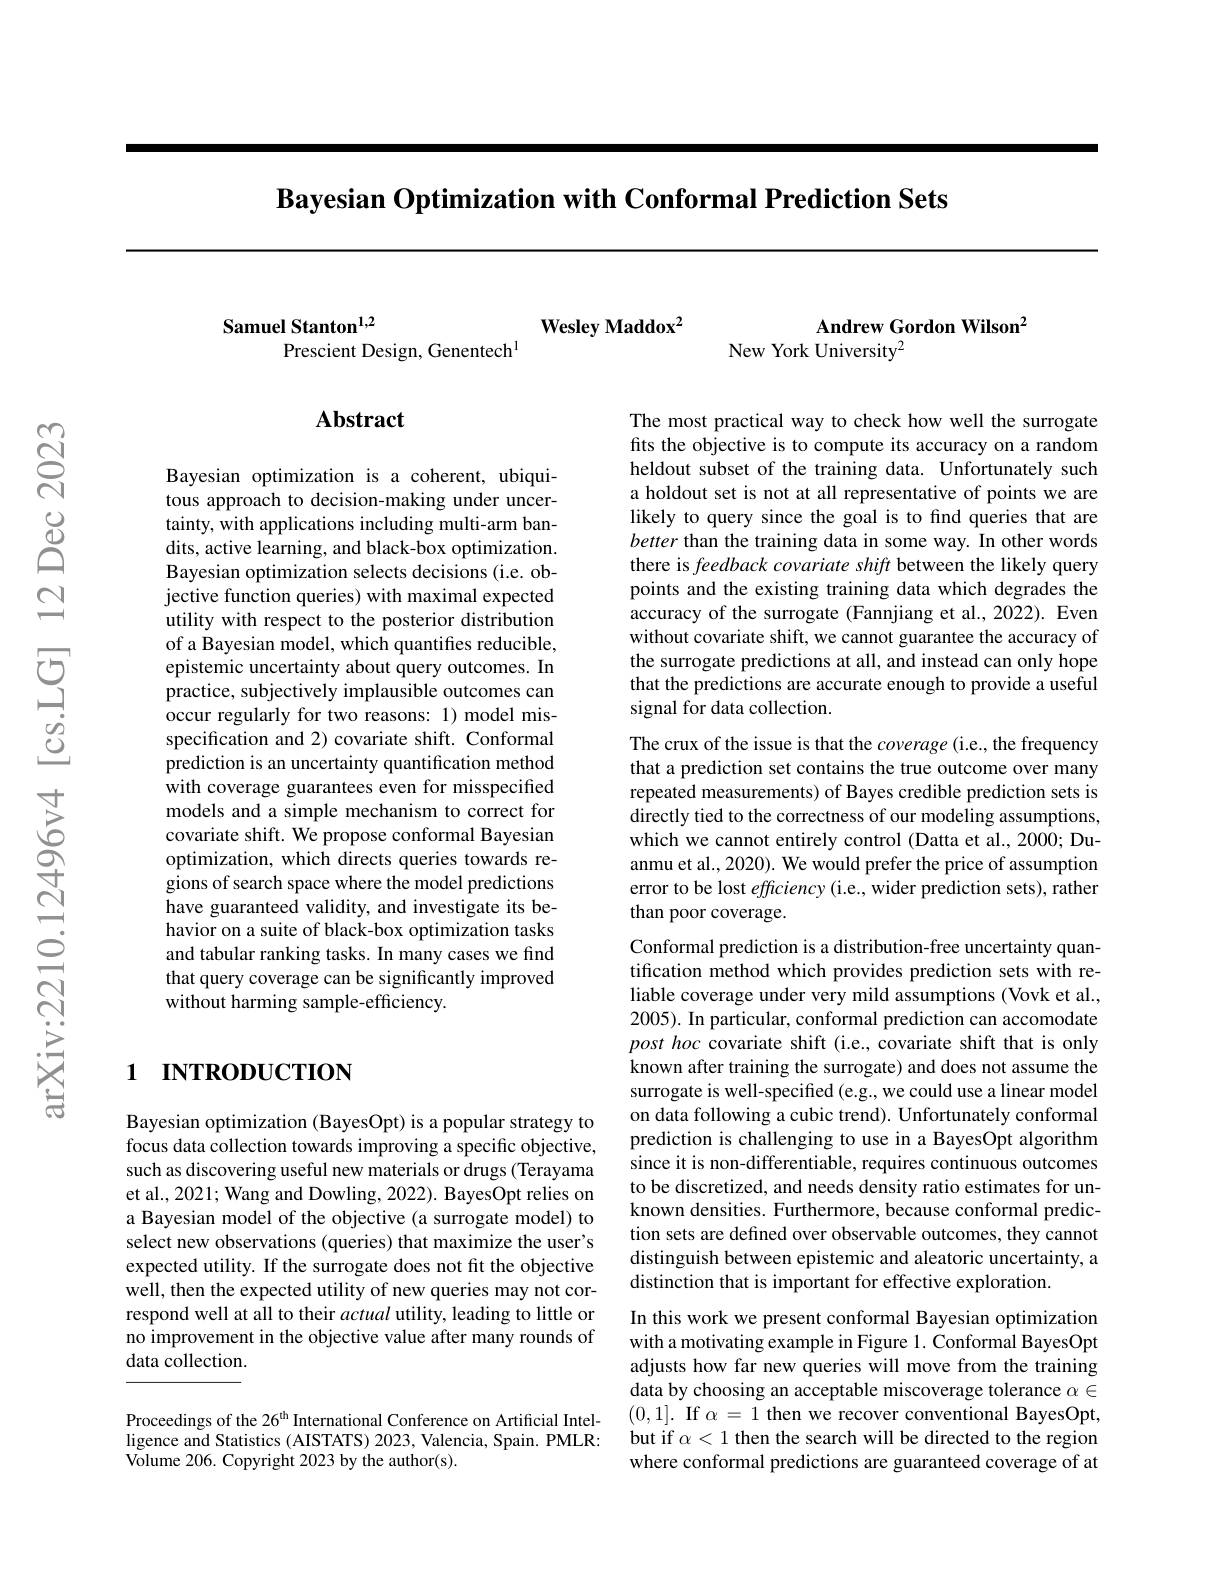
Bayesian Optimization with Conformal Prediction Sets

Wesley Maddox2

Samuel Stanton$^{1,2}$
Prescient Design, Genentech$^{1}$

## Abstract

Bayesian optimization is a coherent, ubiquitous approach to decision-making under uncertainty, with applications including multi-arm bandits, active learning, and black-box optimization. Bayesian optimization selects decisions (i.e. objective function queries) with maximal expected utility with respect to the posterior distribution of a Bayesian model, which quantifies reducible, epistemic uncertainty about query outcomes. In practice, subjectively implausible outcomes can occur regularly for two reasons: 1) model misspecification and 2) covariate shift. Conformal prediction is an uncertainty quantification method with coverage guarantees even for misspecified models and a simple mechanism to correct for covariate shift. We propose conformal Bayesian optimization, which directs queries towards regions of search space where the model predictions have guaranteed validity, and investigate its behavior on a suite of black-box optimization tasks and tabular ranking tasks. In many cases we find that query coverage can be significantly improved without harming sample-efficiency.

# 1 INTRODUCTION

Bayesian optimization (BayesOpt) is a popular strategy to focus data collection towards improving a specific objective, such as discovering useful new materials or drugs (Terayama et al., 2021; Wang and Dowling, 2022). BayesOpt relies on a Bayesian model of the objective (a surrogate model) to select new observations (queries) that maximize the user's expected utility. If the surrogate does not fit the objective well, then the expected utility of new queries may not correspond well at all to their actual utility, leading to little or no improvement in the objective value after many rounds of data collection.

Proceedings of the 26$^\mathrm{th}$ International Conference on Artificial Intelligence and Statistics (AISTATS) 2023, Valencia, Spain. PMLR: Volume 206. Copyright 2023 by the author(s).

Andrew Gordon Wilson$^{2}$

New York University$^{2}$

The most practical way to check how well the surrogate fits the objective is to compute its accuracy on a random heldout subset of the training data. Unfortunately such a holdout set is not at all representative of points we are likely to query since the goal is to find queries that are better than the training data in some way. In other words there is feedback covariate shift between the likely query points and the existing training data which degrades the accuracy of the surrogate (Fannjiang et al., 2022). Even without covariate shift, we cannot guarantee the accuracy of the surrogate predictions at all, and instead can only hope that the predictions are accurate enough to provide a useful signal for data collection.

The crux of the issue is that the coverage (i.e., the frequency that a prediction set contains the true outcome over many repeated measurements) of Bayes credible prediction sets is directly tied to the correctness of our modeling assumptions, which we cannot entirely control (Datta et al., 2000; Duanmu et al., 2020). We would prefer the price of assumption error to be lost efficiency (i.e., wider prediction sets), rather than poor coverage.

Conformal prediction is a distribution-free uncertainty quantification method which provides prediction sets with reliable coverage under very mild assumptions (Vovk et al., 2005). In particular, conformal prediction can accomodate post hoc covariate shift (i.e., covariate shift that is only known after training the surrogate) and does not assume the surrogate is well-specified (e.g., we could use a linear model on data following a cubic trend). Unfortunately conformal prediction is challenging to use in a BayesOpt algorithm since it is non-differentiable, requires continuous outcomes to be discretized, and needs density ratio estimates for unknown densities. Furthermore, because conformal prediction sets are defined over observable outcomes, they cannot distinguish between epistemic and aleatoric uncertainty, a distinction that is important for effective exploration.
In this work we present conformal Bayesian optimization with a motivating example in Figure 1. Conformal BayesOpt adjusts how far new queries will move from the training data by choosing an acceptable miscoverage tolerance $\alpha\in$ (0,1]. If $\alpha=1$ then we recover conventional BayesOpt, but if $\alpha<1$ then the search will be directed to the region

where conformal predictions are guaranteed coverage of at